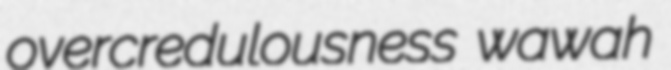
overcredulousness wawah